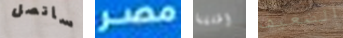
سأتصل مصر أطلقنا الضعيف